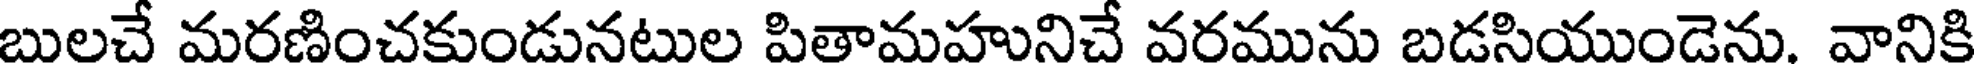
బులచే మరణించకుండునటుల పితామహునిచే వరమును బడసియుండెను. వానికి